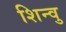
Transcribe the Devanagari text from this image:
शिन्वु